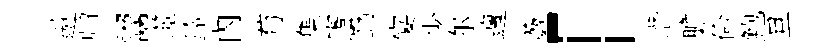
遨归鬻澨鈴內苟集憲勤宴少尔邅藪「濳膽倫鮑旦